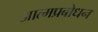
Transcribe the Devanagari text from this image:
आत्मप्रबोधन